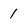
Character: 1